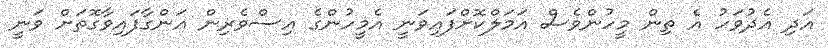
އަދި އެދުވަހު އެ ތިން މީހުންވެސް އަމަލްކޮށްފައިވަނީ އެމީހުންގެ އިސްވެރިން އަންގާފައިވާގޮތަށް ވަނީ